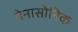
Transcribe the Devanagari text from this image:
पेनासोनिक